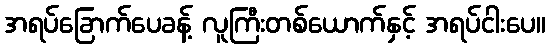
အရပ်ခြောက်ပေခန့် လူကြီးတစ်ယောက်နှင့် အရပ်ငါးပေ။